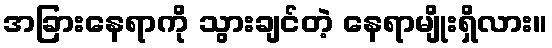
အခြားနေရာကို သွားချင်တဲ့ နေရာမျိုးရှိလား။